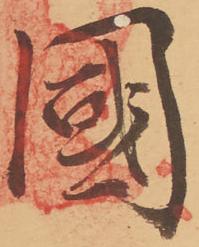
国